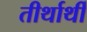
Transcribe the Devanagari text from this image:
तीर्थार्थी